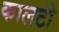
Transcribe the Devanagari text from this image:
कालटी